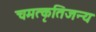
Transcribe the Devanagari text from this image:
चमत्कृतिजन्य